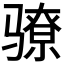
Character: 𬴉